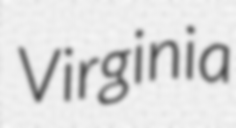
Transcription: Virginia